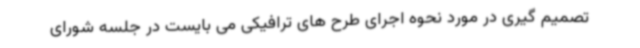
تصمیم گیری در مورد نحوه اجرای طرح های ترافیکی می بایست در جلسه شورای